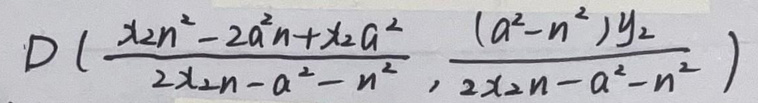
\[
D\left(\frac{x_{2}n^{2}-2a^{2}n + x_{2}a^{2}}{2x_{2}n - a^{2}-n^{2}},\frac{(a^{2}-n^{2})y_{2}}{2x_{2}n - a^{2}-n^{2}}\right)
\]